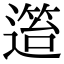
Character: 𨖎